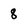
Character: 8